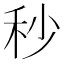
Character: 秒